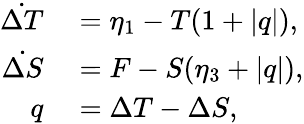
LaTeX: \begin{array}{rl}{\dot{\Delta T}}&{{}=\eta_{1}-T(1+|q|),}\\ {\dot{\Delta S}}&{{}=F-S(\eta_{3}+|q|),}\\ {q}&{{}=\Delta T-\Delta S,}\end{array}